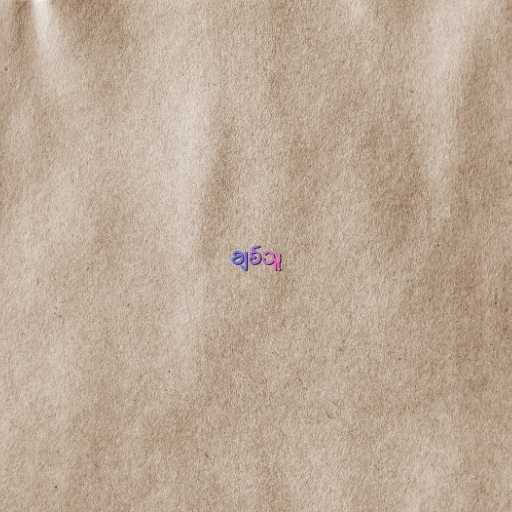
ချစ်သူ